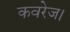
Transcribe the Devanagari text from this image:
कवरेज।